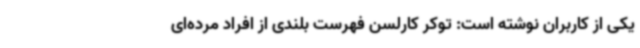
یکی از کاربران نوشته است: توکر کارلسن فهرست بلندی از افراد مرده‌ای